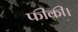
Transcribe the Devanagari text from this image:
फीकी।